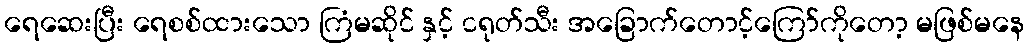
ရေဆေးပြီး ရေစစ်ထားသော ကြံမဆိုင် နှင့် ငရုတ်သီး အခြောက်တောင့်ကြော်ကိုတော့ မဖြစ်မနေ